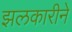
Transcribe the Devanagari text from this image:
झलकारीने